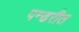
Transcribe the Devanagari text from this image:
पन्ढरीत